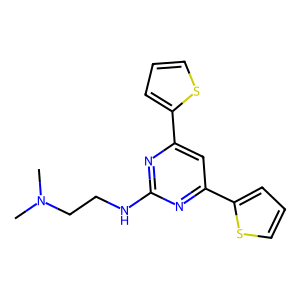
SMILES: CN(C)CCNc1nc(-c2cccs2)cc(-c2cccs2)n1
Inhibits HIV replication: No